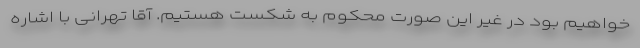
خواهیم بود در غیر این صورت محکوم به شکست هستیم. آقا تهرانی با اشاره